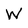
Character: W